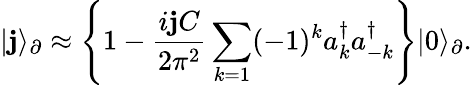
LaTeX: |\mathbf{j}\rangle_{\partial}\approx\left\lbrace1-\frac{{i\mathbf{j}C}}{{2\pi^{2}}}\sum_{k=1}(-1)^{k}a_{k}^{\dagger}a_{-k}^{\dagger}\right\rbrace|0\rangle_{\partial}.